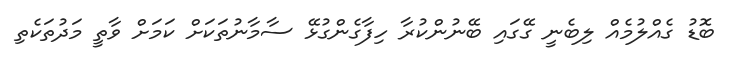
ބޮޑު ގެއްލުމެއް ލިބެނީ ގޭގައި ބޭނުންކުރާ ހިފާގެންގުޅޭ ސާމާނުތަކަށް ކަމަށް ވާތީ މަދުތަކެތި